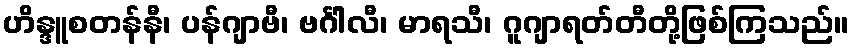
ဟိန္ဒူစတန်နီ၊ ပန်ဂျာဗီ၊ ဗင်္ဂါလီ၊ မာရသီ၊ ဂူဂျာရတ်တီတို့ဖြစ်ကြသည်။